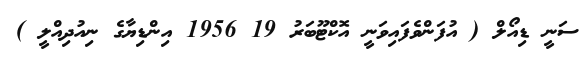
ސަނީ ޑިއޯލް ( އުފަންވެފައިވަނީ އޮކްޓޫބަރު 19 1956 އިންޑިޔާގެ ނިއުދިއްލީ )